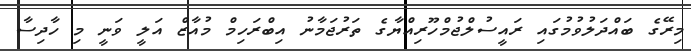
މިރޭގެ ބައްދަލުވުމުގައި ރައީސުލްޖުމްހޫރިއްޔާގެ ތަރުޖަމާނު އިބްރަހިމް މުއާޒް އަލީ ވަނީ މި ހާދިސާ